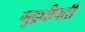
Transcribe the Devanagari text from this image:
मुद्रधीपती